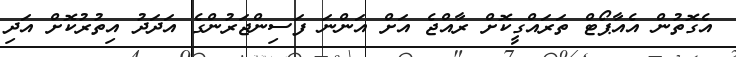
އެގޮތުން އެއާޕޯޓް ތަރައްގީކޮށް ރާއްޖެ އަށް އަންނަ ފަސިންޖަރުންގެ އަދަދު އިތުރުކޮށް އަދި